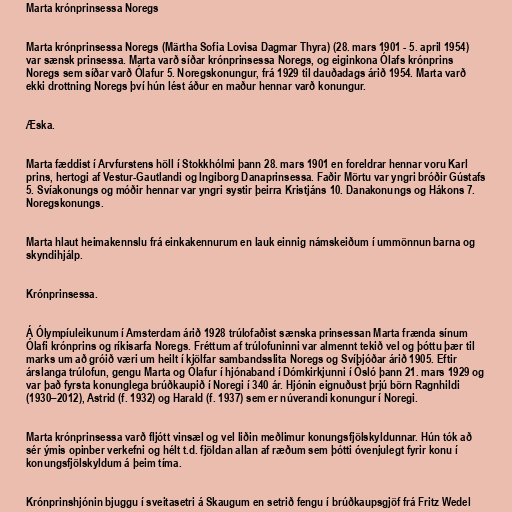
Marta krónprinsessa Noregs

Marta krónprinsessa Noregs (Märtha Sofia Lovisa Dagmar Thyra) (28. mars 1901 - 5. april 1954)
var sænsk prinsessa. Marta varð síðar krónprinsessa Noregs, og eiginkona Ólafs krónprins
Noregs sem síðar varð Ólafur 5. Noregskonungur, frá 1929 til dauðadags árið 1954. Marta varð
ekki drottning Noregs því hún lést áður en maður hennar varð konungur.

Æska.

Marta fæddist í Arvfurstens höll í Stokkhólmi þann 28. mars 1901 en foreldrar hennar voru Karl
prins, hertogi af Vestur-Gautlandi og Ingiborg Danaprinsessa. Faðir Mörtu var yngri bróðir Gústafs
5. Svíakonungs og móðir hennar var yngri systir þeirra Kristjáns 10. Danakonungs og Hákons 7.
Noregskonungs.

Marta hlaut heimakennslu frá einkakennurum en lauk einnig námskeiðum í ummönnun barna og
skyndihjálp.

Krónprinsessa.

Á Ólympíuleikunum í Amsterdam árið 1928 trúlofaðist sænska prinsessan Marta frænda sínum
Ólafi krónprins og ríkisarfa Noregs. Fréttum af trúlofuninni var almennt tekið vel og þóttu þær til
marks um að gróið væri um heilt í kjölfar sambandsslita Noregs og Svíþjóðar árið 1905. Eftir
árslanga trúlofun, gengu Marta og Ólafur í hjónaband í Dómkirkjunni í Ósló þann 21. mars 1929 og
var það fyrsta konunglega brúðkaupið í Noregi í 340 ár. Hjónin eignuðust þrjú börn Ragnhildi
(1930–2012), Astrid (f. 1932) og Harald (f. 1937) sem er núverandi konungur í Noregi.

Marta krónprinsessa varð fljótt vinsæl og vel liðin meðlimur konungsfjölskyldunnar. Hún tók að
sér ýmis opinber verkefni og hélt t.d. fjöldan allan af ræðum sem þótti óvenjulegt fyrir konu í
konungsfjölskyldum á þeim tíma.

Krónprinshjónin bjuggu í sveitasetri á Skaugum en setrið fengu í brúðkaupsgjöf frá Fritz Wedel